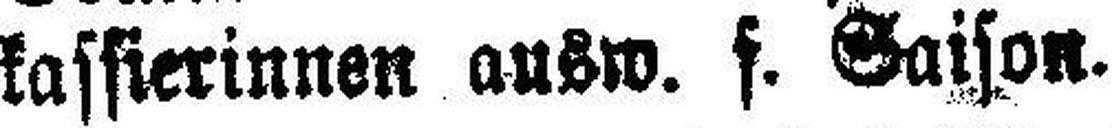
kassierinnen ausw. f. Saison.